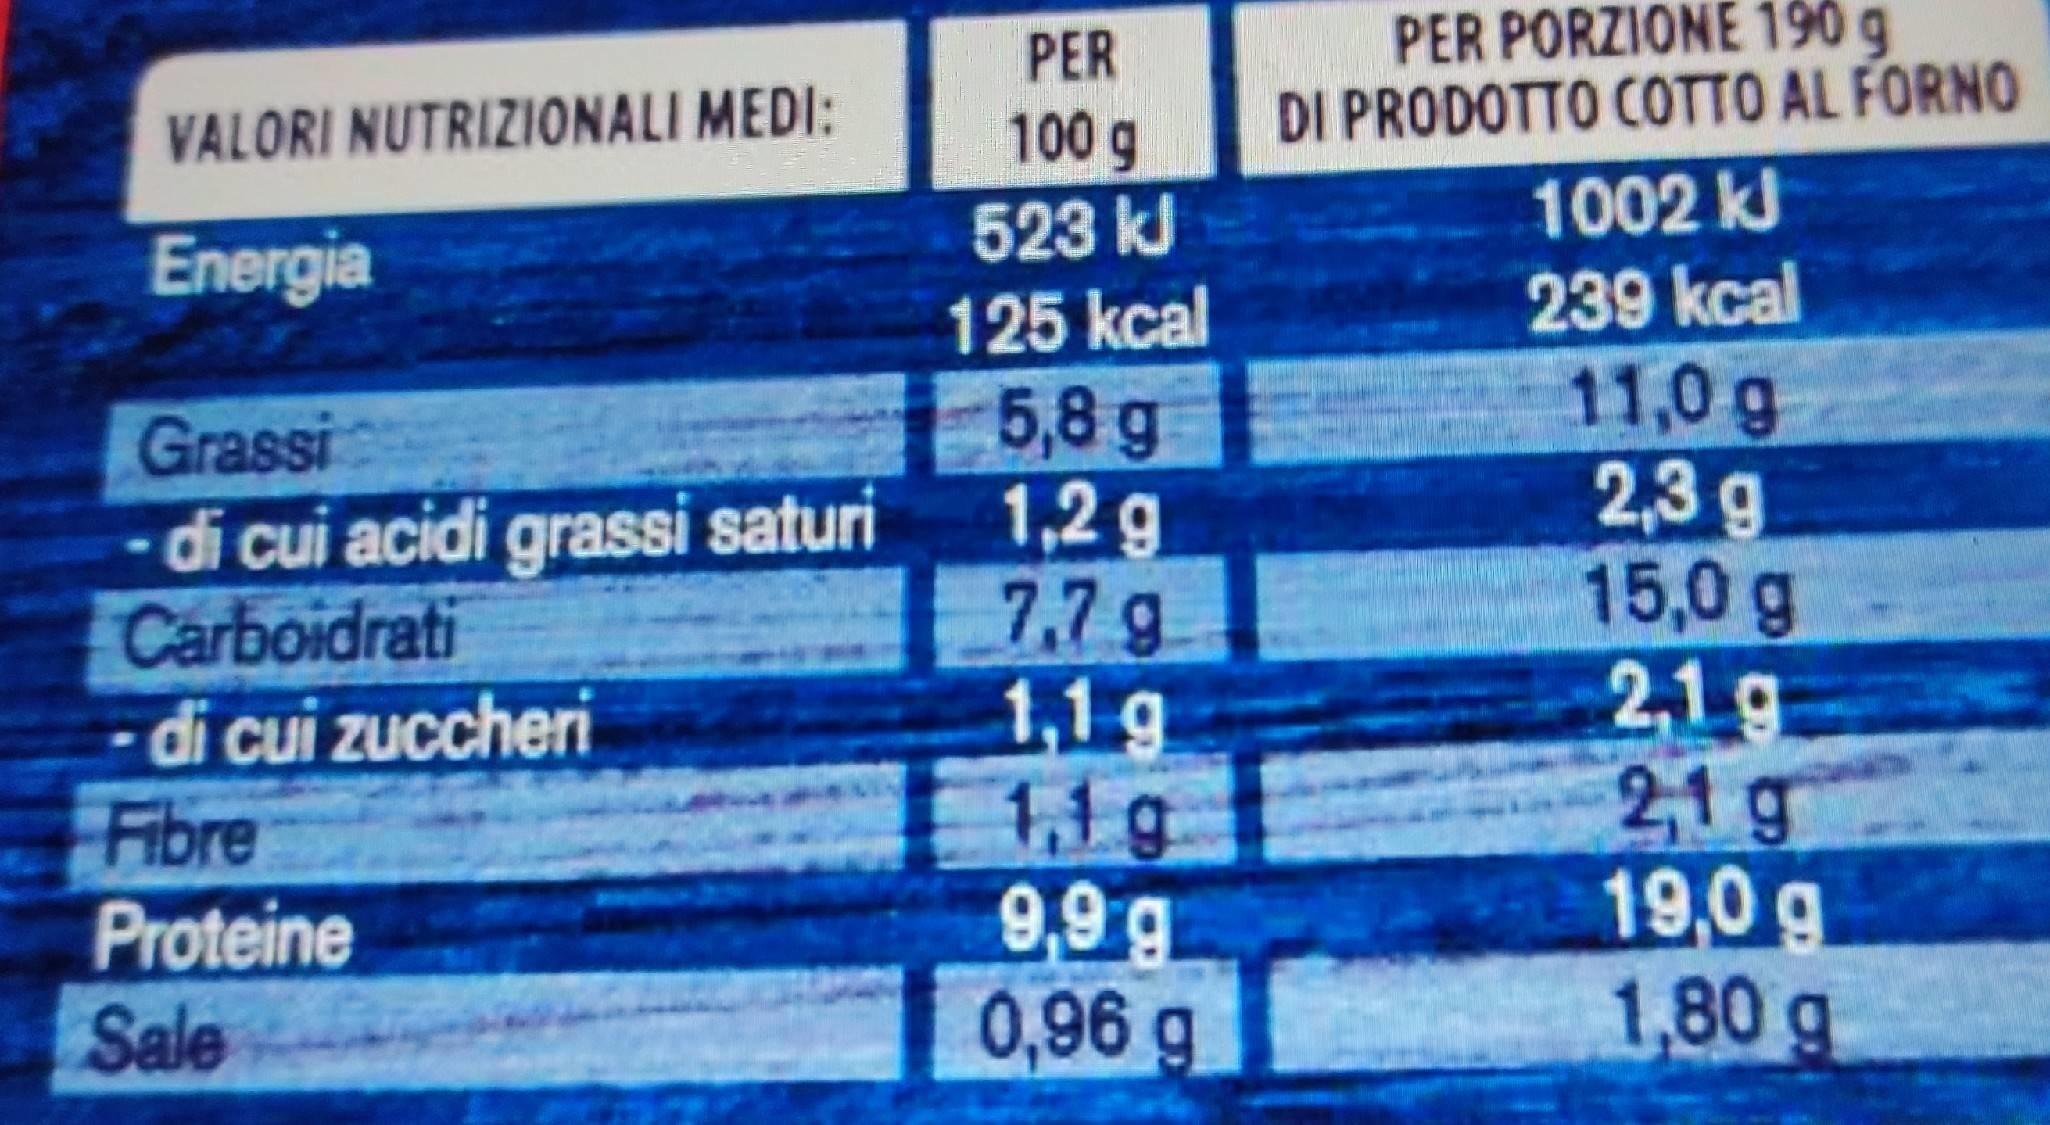
PER PORZIONE 190 g DI PRODOTTO COTTO AL FORNO
PER
100g 523 kJ 125 kcal
VALORI NUTRIZIONALI MEDI:
1002 kJ
Energia
Grassi di cui acidi grassi saturi Carboidrati - di cui zuccheri Fibre
5,8 g 1,2g 7.7g 1,1g 1,1g 9,9g 0,96g
239 kcal 11,0 g 2,3g 15,0g 2,1g 21 g 19,0g 1,80g
Proteine
Sale